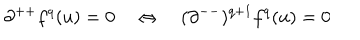
\partial ^ { + + } f ^ { q } ( u ) = 0 \quad \Leftrightarrow \quad ( \partial ^ { -- } ) ^ { q + 1 } f ^ { q } ( u ) = 0